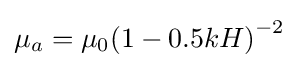
\mu _{a}={{\mu _{0}}{{(1-0.5kH)}^{-2}}}